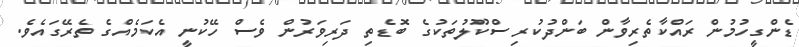
ޑެންގީހުމުން ރައްކާތެރިވާން ބަންދުކުރި ސްކޫލުތަކުގެ ބޮޑެތި ދަރިވަރުން ވެސް ހޭކުނީ އެކަމެއްގެ ތެރޭގައެވެ.